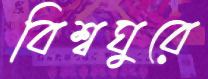
বিশ্বঘুরে